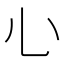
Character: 𢖩